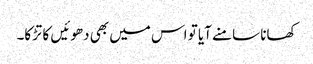
کھانا سامنے آیا تو اس میں بھی دھوئیں کا تڑکا۔